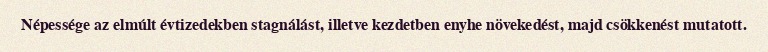
Népessége az elmúlt évtizedekben stagnálást, illetve kezdetben enyhe növekedést, majd csökkenést mutatott.